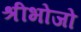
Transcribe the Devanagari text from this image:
श्रीभोजो